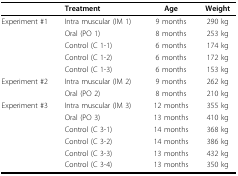
|  | Treatment | Age | Weight |
 | --- | --- | --- | --- |
 | Experiment #1 | Intra muscular (IM 1) | 9 months | 290 kg |
 |  | Oral (PO 1) | 8 months | 253 kg |
 |  | Control (C 1-1) | 6 months | 174 kg |
 |  | Control (C 1-2) | 6 months | 172 kg |
 |  | Control (C 1-3) | 6 months | 153 kg |
 | Experiment #2 | Intra muscular (IM 2) | 9 months | 262 kg |
 |  | Oral (PO 2) | 8 months | 210 kg |
 | Experiment #3 | Intra muscular (IM 3) | 12 months | 355 kg |
 |  | Oral (PO 3) | 13 months | 410 kg |
 |  | Control (C 3-1) | 14 months | 368 kg |
 |  | Control (C 3-2) | 14 months | 386 kg |
 |  | Control (C 3-3) | 13 months | 432 kg |
 |  | Control (C 3-4) | 13 months | 350 kg |